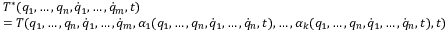
\begin{array} { l } { T ^ { * } ( q _ { 1 } , \dots , q _ { n } , { \dot { q } } _ { 1 } , \dots , { \dot { q } } _ { m } , t ) } \\ { = T ( q _ { 1 } , \dots , q _ { n } , { \dot { q } } _ { 1 } , \dots , { \dot { q } } _ { m } , \alpha _ { 1 } ( q _ { 1 } , \dots , q _ { n } , { \dot { q } } _ { 1 } , \dots , { \dot { q } } _ { n } , t ) , \dots , \alpha _ { k } ( q _ { 1 } , \dots , q _ { n } , { \dot { q } } _ { 1 } , \dots , { \dot { q } } _ { n } , t ) , t ) } \end{array}